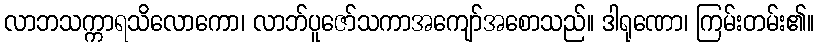
လာဘသက္ကာရသိလောကော၊ လာဘ်ပူဇော်သကာအကျော်အစောသည်။ ဒါရုဏော၊ ကြမ်းတမ်း၏။